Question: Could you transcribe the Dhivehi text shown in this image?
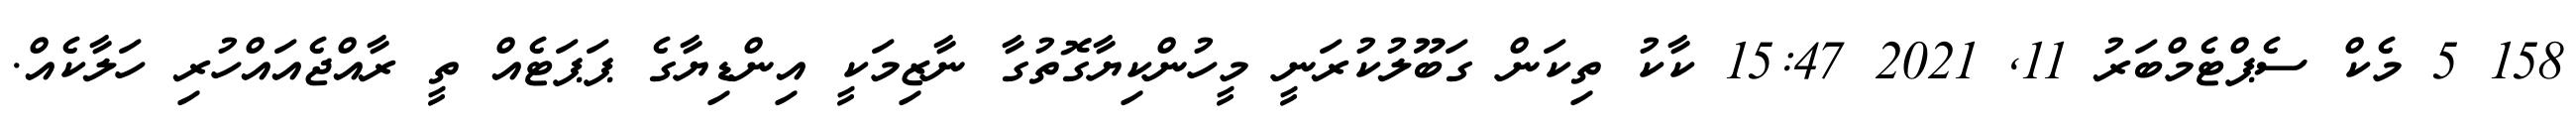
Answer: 158 5 މެކް ސެޕްޓެމްބަރު 11, 2021 15:47 ކާކު ތިކަން ގަބޫލުކުރަނީ މީހުންކިޔާގޮތުގާ ނާޒިމަކީ އިންޑިޔާގެ ޕަޕަޓެއް ތީ ރާއްޖެއައްހުރި ހަލާކެއް.